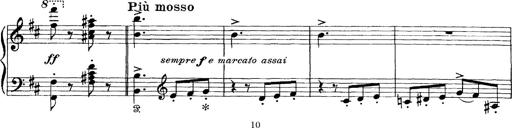
Title: Scherzo und Marsch
Composer: Franz Liszt